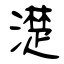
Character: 濋